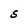
Character: S